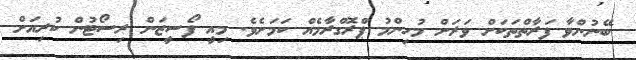
ބޭނުންވާ ފަރާތްތަކަށް ވަރަށް މުހިންމު ޕްރޮގްރާމެއް ކަމަށެވެ. މިއީ ފޯސީޒަން ރިސޯޓުން ކުރިއަށް